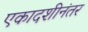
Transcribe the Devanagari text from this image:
एकादशीनंतर